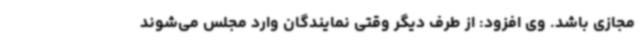
مجازی باشد. وی افزود: از طرف دیگر وقتی نمایندگان وارد مجلس می‌شوند